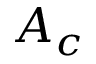
A _ { c }